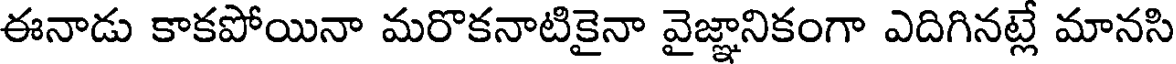
ఈనాడు కాకపోయినా మరొకనాటికైనా వైజ్ఞానికంగా ఎదిగినట్లే మానసి